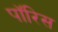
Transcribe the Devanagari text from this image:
पॉरिस